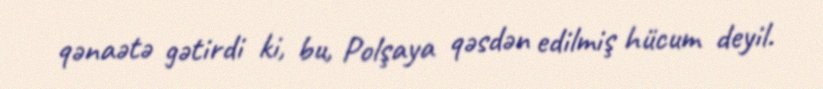
qənaətə gətirdi ki, bu, Polşaya qəsdən edilmiş hücum deyil.